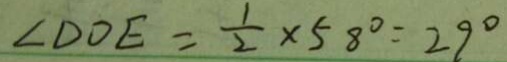
\angle D O E = \frac { 1 } { 2 } \times 5 8 ^ { \circ } = 2 9 ^ { \circ }